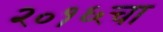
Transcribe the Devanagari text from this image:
२०१६चा